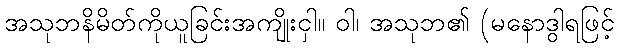
အသုဘနိမိတ်ကိုယူခြင်းအကျိုးငှါ။ ဝါ၊ အသုဘ၏ (မနောဒွါရဖြင့်